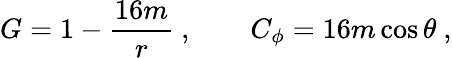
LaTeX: G=1-{\frac{16m}{r}}\ ,\qquad C_{\phi}=16m\cos\theta\ ,